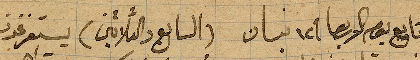
تابع يوم الاربعا ١٢ نيسان (السابع والثلاثين) يستغرقون